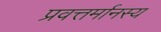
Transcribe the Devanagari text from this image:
प्रवत्तर्मानस्य